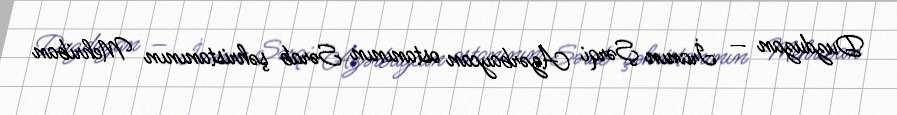
Duzduzan — İranın Şərqi Azərbaycan ostanının Sərab şəhristanının Mehriban